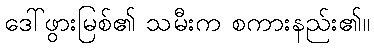
ဒေါ်ဖွားမြစ်၏ သမီးက စကားနည်း၏။